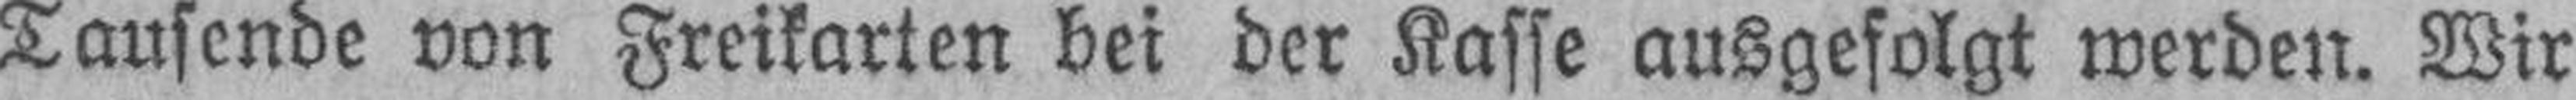
Tausende von Freikarten bei der Kasse ausgefolgt werden. Wir